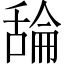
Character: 𦧣